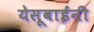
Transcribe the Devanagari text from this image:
येसूबाईंनी